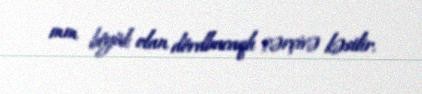
mm böyük olan dördbucaqlı çərçivə kəsilir.